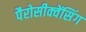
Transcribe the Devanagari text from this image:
पैरोसीक्वेंसिंग